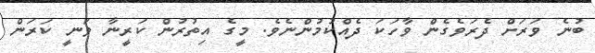
ބުނެ ވަރަށް ދެރަވެގެން ވާހަކަ ދެއްކުމުންނެވެ. މީގެ އިތުރުން ކަރީނާ ވަނީ ކަރަން